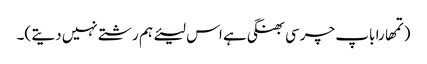
(تمھارا باپ چرسی بھنگی ہے اس لیئے ہم رشتے نہیں دیتے )۔